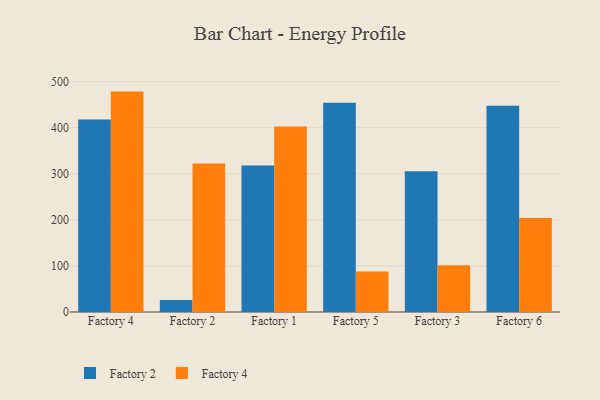
{"axis": {"x": "Factory", "y": "Page Views"}, "legend": ["Factory 2", "Factory 4"], "data": [{"x": "Factory 4", "y": 417.5, "type": "Factory 2"}, {"x": "Factory 4", "y": 478.3, "type": "Factory 4"}, {"x": "Factory 2", "y": 26.0, "type": "Factory 2"}, {"x": "Factory 2", "y": 322.1, "type": "Factory 4"}, {"x": "Factory 1", "y": 318.1, "type": "Factory 2"}, {"x": "Factory 1", "y": 402.4, "type": "Factory 4"}, {"x": "Factory 5", "y": 454.0, "type": "Factory 2"}, {"x": "Factory 5", "y": 87.9, "type": "Factory 4"}, {"x": "Factory 3", "y": 305.3, "type": "Factory 2"}, {"x": "Factory 3", "y": 101.4, "type": "Factory 4"}, {"x": "Factory 6", "y": 447.6, "type": "Factory 2"}, {"x": "Factory 6", "y": 204.2, "type": "Factory 4"}]}